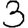
Digit: 3